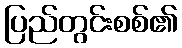
ပြည်တွင်းစစ်၏